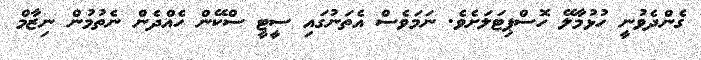
ގެންދެވުނީ ހުޅުމާލޭ ހޮސްޕިޓަލަށެވެ. ނަމަވެސް އެތަނުގައި ސީޓީ ސްކޭން ހެއްދެން ނެތުމުން ނިޒާމް